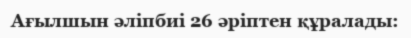
Ағылшын әліпбиі 26 әріптен құралады: